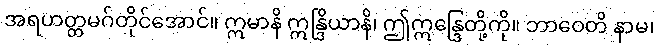
အရဟတ္တမဂ်တိုင်အောင်။ ဣမာနိ ဣန္ဒြိယာနိ၊ ဤဣန္ဒြေတို့ကို။ ဘာဝေတိ နာမ၊